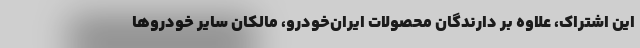
این اشتراک، علاوه بر دارندگان محصولات ایران‌خودرو، مالکان سایر خودروها